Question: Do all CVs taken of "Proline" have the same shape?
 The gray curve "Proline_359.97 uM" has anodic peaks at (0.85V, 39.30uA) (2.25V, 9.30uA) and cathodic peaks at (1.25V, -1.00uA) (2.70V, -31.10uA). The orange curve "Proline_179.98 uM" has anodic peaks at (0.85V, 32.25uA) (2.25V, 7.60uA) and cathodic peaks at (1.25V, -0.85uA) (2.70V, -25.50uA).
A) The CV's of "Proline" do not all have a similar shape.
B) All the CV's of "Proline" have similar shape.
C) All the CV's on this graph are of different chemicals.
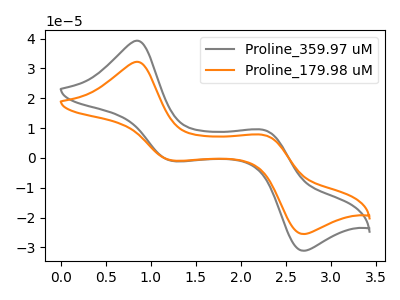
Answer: <think>All the peaks in "Proline_359.97 uM" have a peak in "Proline_179.98 uM" at the same potential. Every peak in "Proline_359.97 uM" is higher than every peak in "Proline_179.98 uM".
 </think>
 <answer>B) All the CV's of "Proline" have similar shape.</answer>
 <eval>B</eval>